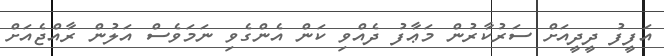
އަފީފު ދީދީއަށް ސަރުކާރުން މަޢާފު ދެއްވި ކަން އެންގެވި ނަމަވެސް އަލުން ރާއްޖެއަށް